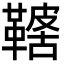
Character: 𩌤